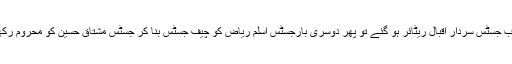
جب جسٹس سردار اقبال ریٹائر ہو گئے تو پھر دوسری بارجسٹس اسلم ریاض کو چیف جسٹس بنا کر جسٹس مشتاق حسین کو محروم رکھا۔